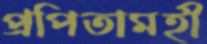
প্রপিতামহী